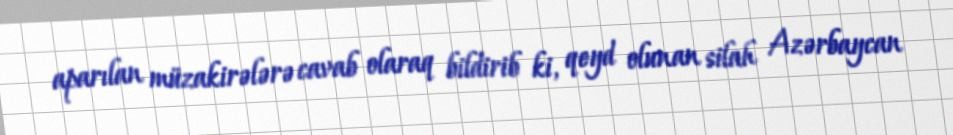
aparılan müzakirələrə cavab olaraq bildirib ki, qeyd olunan silah Azərbaycan